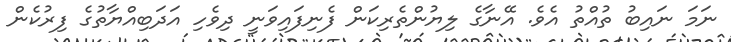
ނަމަ ނައިބު ތުއްތު އެވެ. އޭނާގެ ލިޔުންތެރިކަން ފެނިފައިވަނީ ދިވެހި އަދަބިއްޔާތުގެ ފިރުކެން